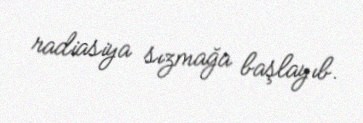
radiasiya sızmağa başlayıb.